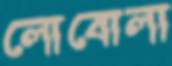
লোবোলা